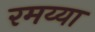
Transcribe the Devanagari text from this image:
रमय्या